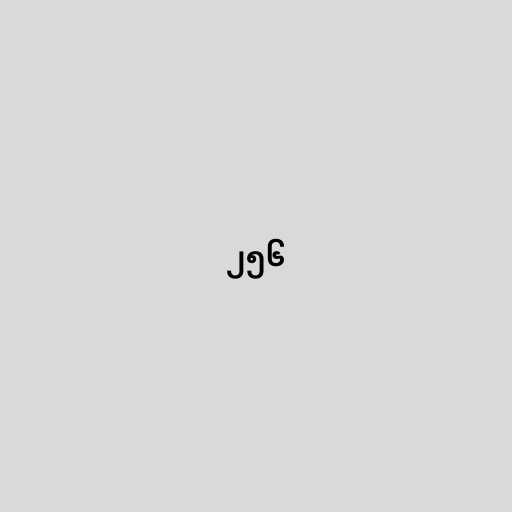
၂၅၆